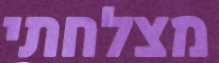
מצלחתי